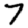
Digit: 7